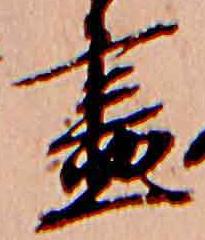
尽